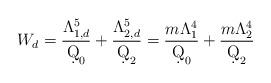
LaTeX: \begin{align*}W_d = \frac{\Lambda_{1,d}^5}{\d Q_0} + \frac{\Lambda_{2,d}^5}{\d Q_2} = \frac{m\Lambda_1^4}{\d Q_0} + \frac{m\Lambda_2^4}{\d Q_2}\end{align*}